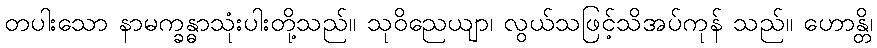
တပါးသော နာမက္ခန္ဓာသုံးပါးတို့သည်။ သုဝိညေယျာ၊ လွယ်သဖြင့်သိအပ်ကုန် သည်။ ဟောန္တိ၊